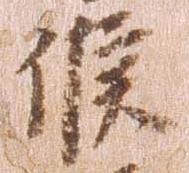
候